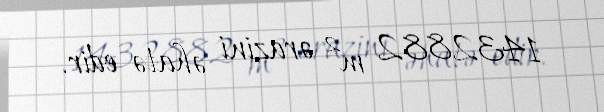
1432882 m² ərazini əhatə edir.